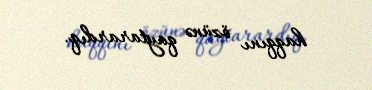
haqqını özünə qaytarardıq.